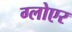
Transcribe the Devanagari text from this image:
ग्लोएर